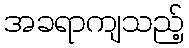
အခရာကျသည့်